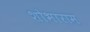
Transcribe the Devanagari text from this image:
शोभाराम